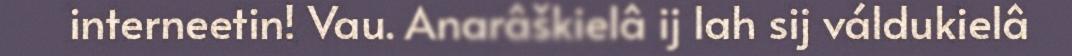
interneetin! Vau. Anarâškielâ ij lah sij váldukielâ